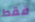
فقط